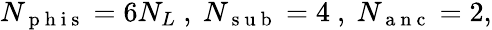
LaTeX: \begin{array}{r}{N_{\mathrm{~p~h~i~s~}}=6N_{L}\ ,\ N_{\mathrm{~s~u~b~}}=4\ ,\ N_{\mathrm{~a~n~c~}}=2,}\end{array}